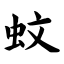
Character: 蚊